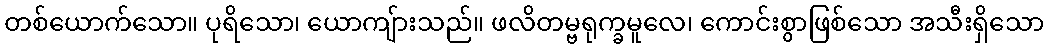
တစ်ယောက်သော။ ပုရိသော၊ ယောကျ်ားသည်။ ဖလိတမ္ဗရုက္ခမူလေ၊ ကောင်းစွာဖြစ်သော အသီးရှိသော